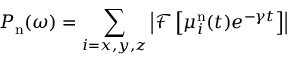
P _ { \mathrm { n } } ( \omega ) = \sum _ { i = x , y , z } \left| \mathcal { F } \left[ \mu _ { i } ^ { \mathrm { n } } ( t ) e ^ { - \gamma t } \right] \right|